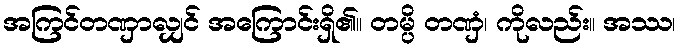
အကြင်တဏှာလျှင် အကြောင်းရှိ၏။ တမ္ပိ တဏှံ၊ ကိုလည်း။ အဿ၊